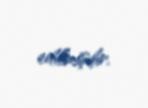
edilmişdir.